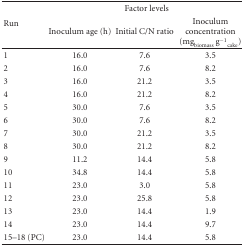
<table><thead><tr><td rowspan="2"><b>Run</b></td><td colspan="3"><b>Factor levels</b></td></tr><tr><td><b>Inoculum age (h)</b></td><td><b>Initial C/N ratio</b></td><td><b>Inoculum concentration (mg<sub>biomass</sub> g<sup>−1</sup><sub>cake</sub>) </b></td></tr></thead><tbody><tr><td>1</td><td>16.0</td><td>7.6</td><td>3.5</td></tr><tr><td>2</td><td>16.0</td><td>7.6</td><td>8.2</td></tr><tr><td>3</td><td>16.0</td><td>21.2</td><td>3.5</td></tr><tr><td>4</td><td>16.0</td><td>21.2</td><td>8.2</td></tr><tr><td>5</td><td>30.0</td><td>7.6</td><td>3.5</td></tr><tr><td>6</td><td>30.0</td><td>7.6</td><td>8.2</td></tr><tr><td>7</td><td>30.0</td><td>21.2</td><td>3.5</td></tr><tr><td>8</td><td>30.0</td><td>21.2</td><td>8.2</td></tr><tr><td>9</td><td>11.2</td><td>14.4</td><td>5.8</td></tr><tr><td>10</td><td>34.8</td><td>14.4</td><td>5.8</td></tr><tr><td>11</td><td>23.0</td><td>3.0</td><td>5.8</td></tr><tr><td>12</td><td>23.0</td><td>25.8</td><td>5.8</td></tr><tr><td>13</td><td>23.0</td><td>14.4</td><td>1.9</td></tr><tr><td>14</td><td>23.0</td><td>14.4</td><td>9.7</td></tr><tr><td>15–18 (PC)</td><td>23.0</td><td>14.4</td><td>5.8</td></tr></tbody></table>